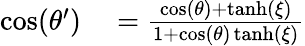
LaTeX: \begin{array}{rl}{\cos(\theta^{\prime})}&{{}=\frac{\cos(\theta)+\operatorname{tanh}(\xi)}{1+\cos(\theta)\operatorname{tanh}(\xi)}}\end{array}